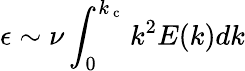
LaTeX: \epsilon\sim\nu\int_{0}^{k_{\mathrm{~c~}}}k^{2}E(k)dk